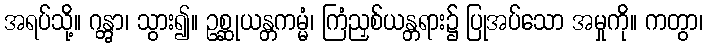
အရပ်သို့။ ဂန္တွာ၊ သွား၍။ ဥစ္ဆုယန္တကမ္မံ၊ ကြံညှစ်ယန္တရား၌ ပြုအပ်သော အမှုကို။ ကတွာ၊